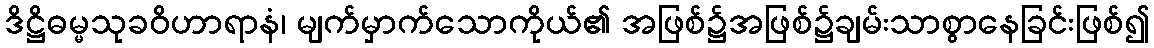
ဒိဋ္ဌိဓမ္မသုခဝိဟာရာနံ၊ မျက်မှာက်သောကိုယ်၏ အဖြစ်၌အဖြစ်၌ချမ်းသာစွာနေခြင်းဖြစ်၍